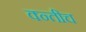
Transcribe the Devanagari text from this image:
क्न्तीच